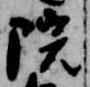
院